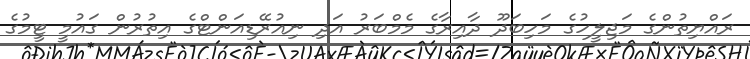
ރައްޔިތުންގެ މަޖިލީހުގެ މަހިބަދޫ ދާއިރާގެ މެމްބަރު އަދި ނިއުރޭޑިއަންޓްގެ އިތުރުން ގައުމީ ޓީމުގެ